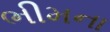
ભીમના